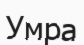
Умра